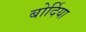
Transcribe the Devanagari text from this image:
बोर्दिया